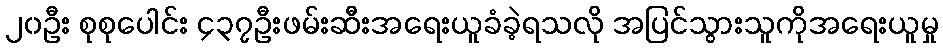
၂၀ဦး စုစုပေါင်း ၄၃၇ဦးဖမ်းဆီးအရေးယူခံခဲ့ရသလို အပြင်သွားသူကိုအရေးယူမှု